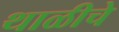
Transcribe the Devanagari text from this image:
थाळीचे